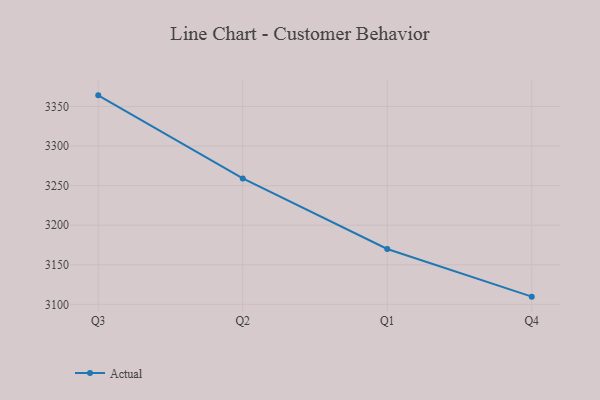
{"axis": {"x": "Quarter", "y": "Page Views"}, "legend": ["Actual"], "data": [{"x": "Q3", "y": 3364.0, "type": "Actual"}, {"x": "Q2", "y": 3259.1, "type": "Actual"}, {"x": "Q1", "y": 3169.9, "type": "Actual"}, {"x": "Q4", "y": 3109.7, "type": "Actual"}]}